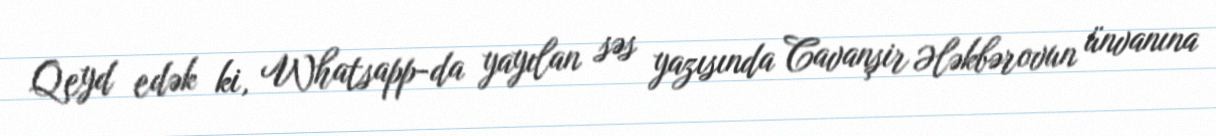
Qeyd edək ki, Whatsapp-da yayılan səs yazısında Cavanşir Ələkbərovun ünvanına